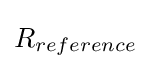
R_{reference}